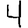
Digit: 4